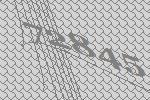
72845